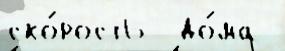
ско́рость  до́ма